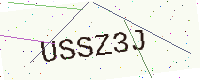
Text: USSZ3J